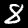
Label: 8